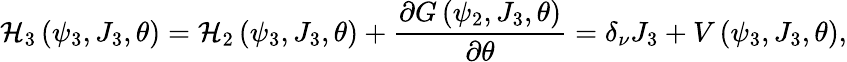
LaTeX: \mathcal{H}_{3}\left(\psi_{3},J_{3},\theta\right)=\mathcal{H}_{2}\left(\psi_{3},J_{3},\theta\right)+\frac{\partial G\left(\psi_{2},J_{3},\theta\right)}{\partial\theta}=\delta_{\nu}J_{3}+V\left(\psi_{3},J_{3},\theta\right),